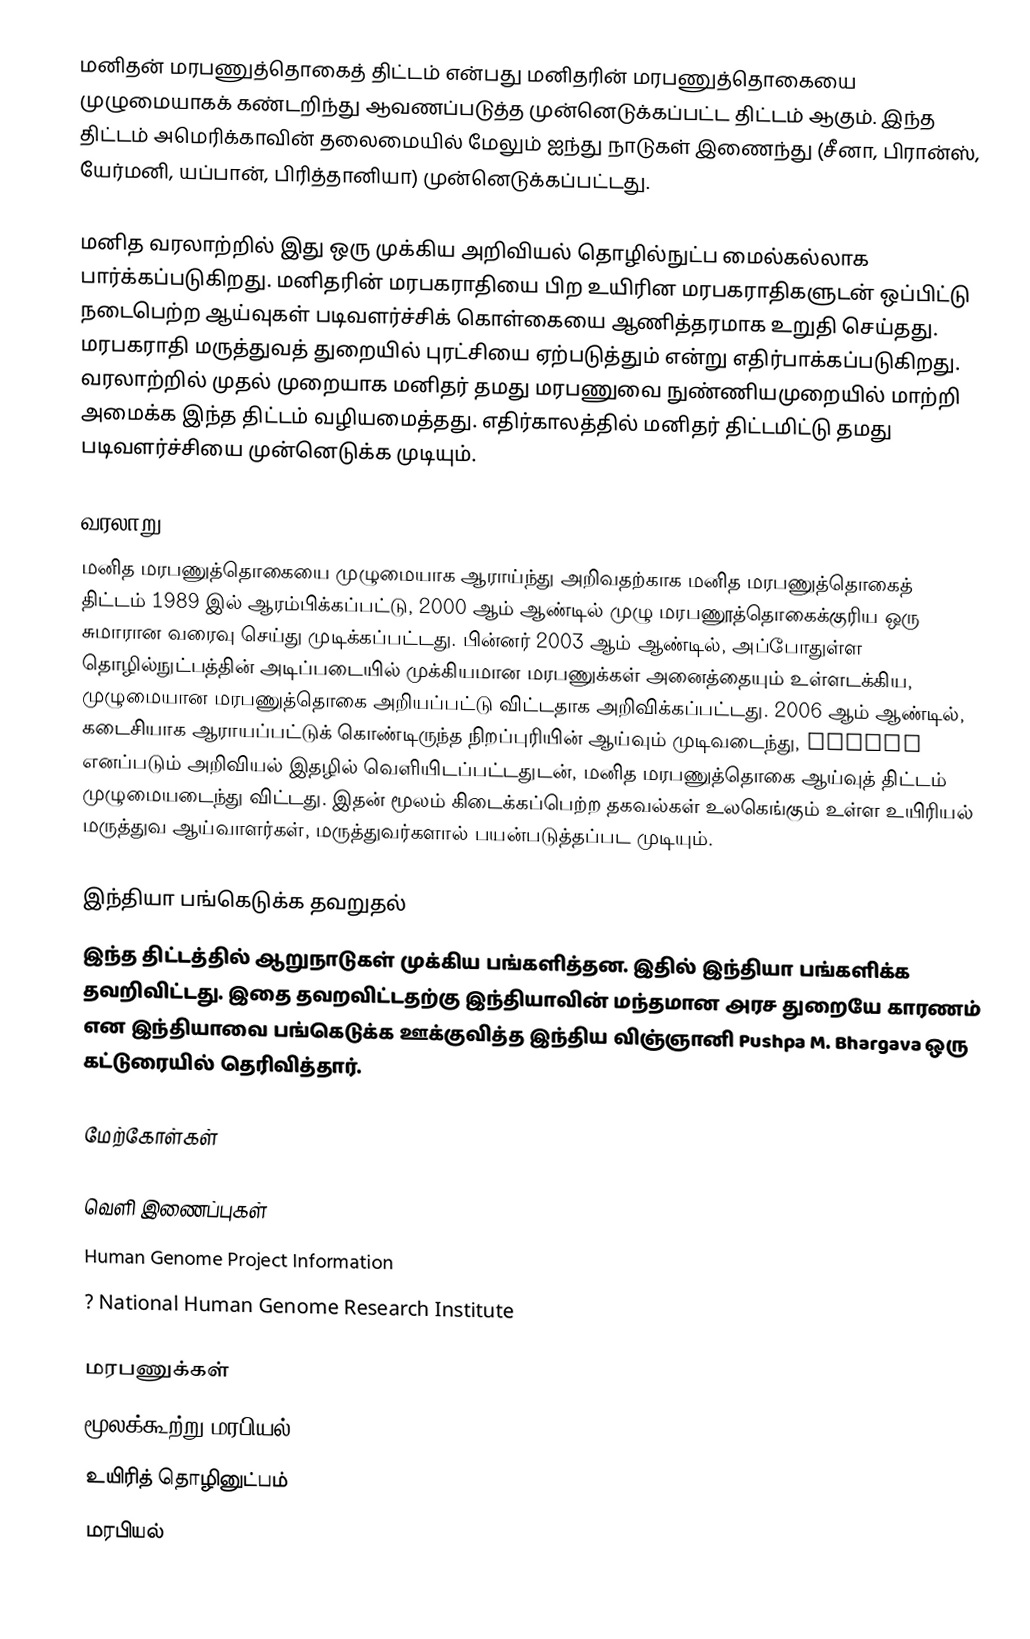
மனிதன் மரபணுத்தொகைத் திட்டம் என்பது மனிதரின் மரபணுத்தொகையை முழுமையாகக் கண்டறிந்து ஆவணப்படுத்த முன்னெடுக்கப்பட்ட திட்டம் ஆகும். இந்த திட்டம் அமெரிக்காவின் தலைமையில் மேலும் ஐந்து நாடுகள் இணைந்து (சீனா, பிரான்ஸ், யேர்மனி, யப்பான், பிரித்தானியா) முன்னெடுக்கப்பட்டது.

மனித வரலாற்றில் இது ஒரு முக்கிய அறிவியல் தொழில்நுட்ப மைல்கல்லாக பார்க்கப்படுகிறது. மனிதரின் மரபகராதியை பிற உயிரின மரபகராதிகளுடன் ஒப்பிட்டு நடைபெற்ற ஆய்வுகள் படிவளர்ச்சிக் கொள்கையை ஆணித்தரமாக உறுதி செய்தது. மரபகராதி மருத்துவத் துறையில் புரட்சியை ஏற்படுத்தும் என்று எதிர்பாக்கப்படுகிறது. வரலாற்றில் முதல் முறையாக மனிதர் தமது மரபணுவை நுண்ணியமுறையில் மாற்றி அமைக்க இந்த திட்டம் வழியமைத்தது. எதிர்காலத்தில் மனிதர் திட்டமிட்டு தமது படிவளர்ச்சியை முன்னெடுக்க முடியும்.

வரலாறு
மனித மரபணுத்தொகையை முழுமையாக ஆராய்ந்து அறிவதற்காக மனித மரபணுத்தொகைத் திட்டம் 1989 இல்  ஆரம்பிக்கப்பட்டு, 2000 ஆம் ஆண்டில் முழு மரபணூத்தொகைக்குரிய ஒரு சுமாரான வரைவு செய்து முடிக்கப்பட்டது. பின்னர் 2003 ஆம் ஆண்டில், அப்போதுள்ள தொழில்நுட்பத்தின் அடிப்படையில் முக்கியமான மரபணுக்கள் அனைத்தையும் உள்ளடக்கிய, முழுமையான மரபணுத்தொகை அறியப்பட்டு விட்டதாக அறிவிக்கப்பட்டது. 2006 ஆம் ஆண்டில், கடைசியாக ஆராயப்பட்டுக் கொண்டிருந்த நிறப்புரியின் ஆய்வும் முடிவடைந்து, Nature எனப்படும் அறிவியல் இதழில் வெளியிடப்பட்டதுடன், மனித மரபணுத்தொகை ஆய்வுத் திட்டம் முழுமையடைந்து விட்டது. இதன் மூலம் கிடைக்கப்பெற்ற தகவல்கள் உலகெங்கும் உள்ள உயிரியல் மருத்துவ ஆய்வாளர்கள், மருத்துவர்களால் பயன்படுத்தப்பட முடியும்.

இந்தியா பங்கெடுக்க தவறுதல்
இந்த திட்டத்தில் ஆறுநாடுகள் முக்கிய பங்களித்தன. இதில் இந்தியா பங்களிக்க தவறிவிட்டது. இதை தவறவிட்டதற்கு இந்தியாவின் மந்தமான அரச துறையே காரணம் என இந்தியாவை பங்கெடுக்க ஊக்குவித்த இந்திய விஞ்ஞானி Pushpa M. Bhargava ஒரு கட்டுரையில் தெரிவித்தார்.

மேற்கோள்கள்

வெளி இணைப்புகள்
 Human Genome Project Information
? National Human Genome Research Institute

மரபணுக்கள்
மூலக்கூற்று மரபியல்
உயிரித் தொழினுட்பம்
மரபியல்